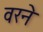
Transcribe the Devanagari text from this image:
वरने